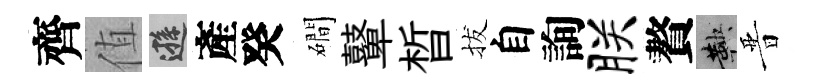
齊值遜產癸磵鼙晳拔自詢朕贅鞅晋